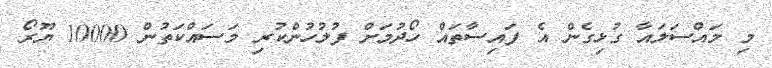
މި މައްސަލައާ ގުޅިގެން އެ ފައިސާތައް ހޯދުމަށް ފުލުހުންކުރި މަސައްކަތުން 10000 ޔޫރޯ